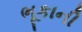
ભૂકાની